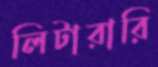
লিটারারি